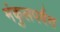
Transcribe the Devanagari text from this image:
मंकुलपर्वत